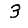
Digit: 3